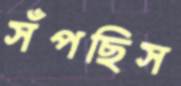
সঁপছিস